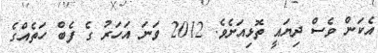
އެކަން ވެސް ދިޔައީ ތޮޅިއަށެވެ. 2012 ވަނަ އަހަރު ގެ ފެބް ހަތެއްގެ